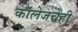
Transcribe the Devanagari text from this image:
कॉलेजचेही